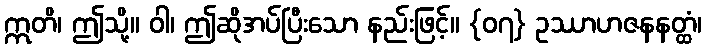
ဣတိ၊ ဤသို့။ ဝါ၊ ဤဆိုအပ်ပြီးသော နည်းဖြင့်။ {၀၇} ဥဿာဟဇနနတ္ထံ၊